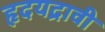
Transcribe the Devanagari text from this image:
हृदयद्रावी